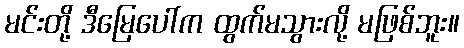
မင်းတို့ ဒီမြေပေါ်က ထွက်မသွားလို့ မဖြစ်ဘူး။